Document type: Oath
Year: 1447
Scribe: Pere Figuerola
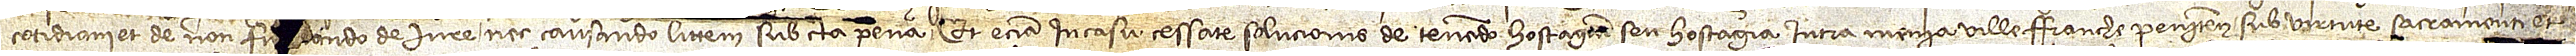
cotidiani, et de non fi[rm]ando de iure nec causando littem sub certa pena, et etiam in casu cessate solucionis de tenendo hostagium seu hostagia intra menia Villefranche Penitensis sub virtute sacramenti et